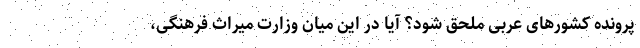
پرونده کشورهای عربی ملحق شود؟ آیا در این میان وزارت میراث فرهنگی،